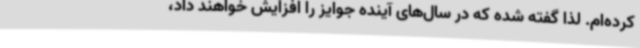
کرده‌ام. لذا گفته شده که در سال‌های آینده جوایز را افزایش خواهند داد،